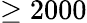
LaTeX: \geq 2000